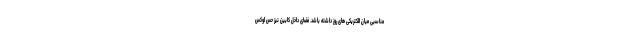
مناسبی میان الکتریکی های روز داشته باشد. فضای داخل کابین نیز حس لوکس